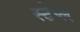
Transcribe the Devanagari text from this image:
स्टेप्ल